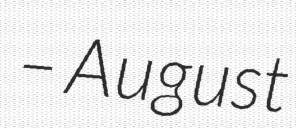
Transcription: – August